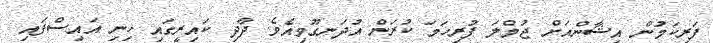
ފަރިކަމުން އިޝާންއަށް ޖުމްލަ ފުރިހަމަ ކުރަން އުދަނގޫވިއެވެ. ދާދި ކައިރީގައި ހިނި އައިސްފައި